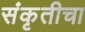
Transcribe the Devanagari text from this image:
संकृतीचा